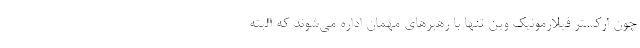
چون ارکستر فیلارمونیک وین تنها با رهبرهای مهمان اداره می‌شوند که البته